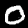
Digit: 0